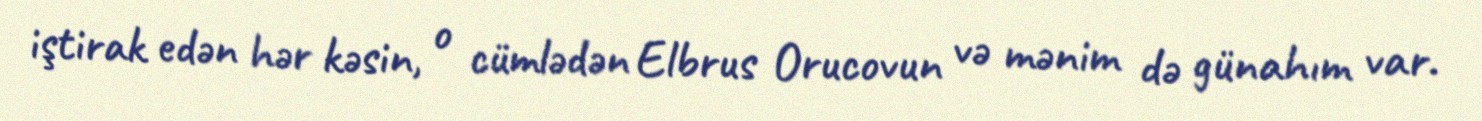
iştirak edən hər kəsin, o cümlədən Elbrus Orucovun və mənim də günahım var.